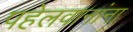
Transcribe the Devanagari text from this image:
पहेलवानांना